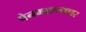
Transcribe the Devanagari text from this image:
पेनमाएन्मावर